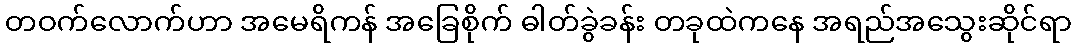
တဝက်လောက်ဟာ အမေရိကန် အခြေစိုက် ဓါတ်ခွဲခန်း တခုထဲကနေ အရည်အသွေးဆိုင်ရာ